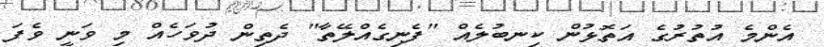
އެންމެ އުތުރުގެ އަތޮޅުން ކިނބުލެއް "ފެނިގެއްލޭތާ" ދެތިން ދުވަހެއް މި ވަނީ ވެފަ